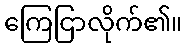
ကြေငြာလိုက်၏။